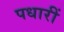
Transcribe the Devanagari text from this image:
पधारीं